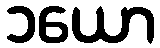
၁ယော